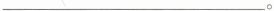
___。